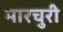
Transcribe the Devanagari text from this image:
मारचुरी